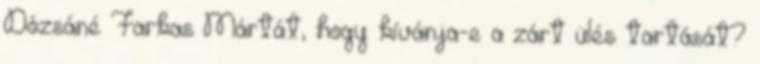
Dózsáné Farkas Mártát, hogy kívánja-e a zárt ülés tartását?